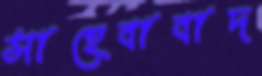
সাহেবাবাদ